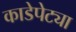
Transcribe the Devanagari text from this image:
काडेपेट्या